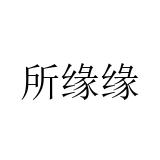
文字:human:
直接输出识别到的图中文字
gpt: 所缘缘